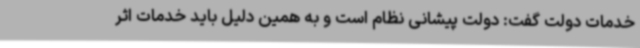
خدمات دولت گفت: دولت پیشانی نظام است و به همین دلیل باید خدمات اثر